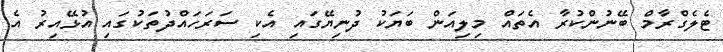
ޓެލެގްރާމް ބޭނުންކުރާ އެތައް މިލިއަން ބަޔަކު ދުނިޔޭގައި އެކި ސަރަހައްދުތަކުގައި އުޅޭއިރު އެ